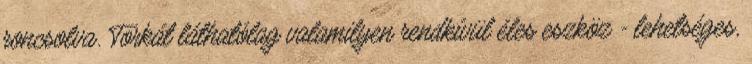
roncsolva. Torkát láthatólag valamilyen rendkívül éles eszköz - lehetséges,